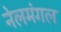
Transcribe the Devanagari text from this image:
नेलमंगल